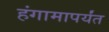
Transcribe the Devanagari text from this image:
हंगामापर्यंत